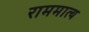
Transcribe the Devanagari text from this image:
राममात्य